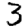
Digit: 3